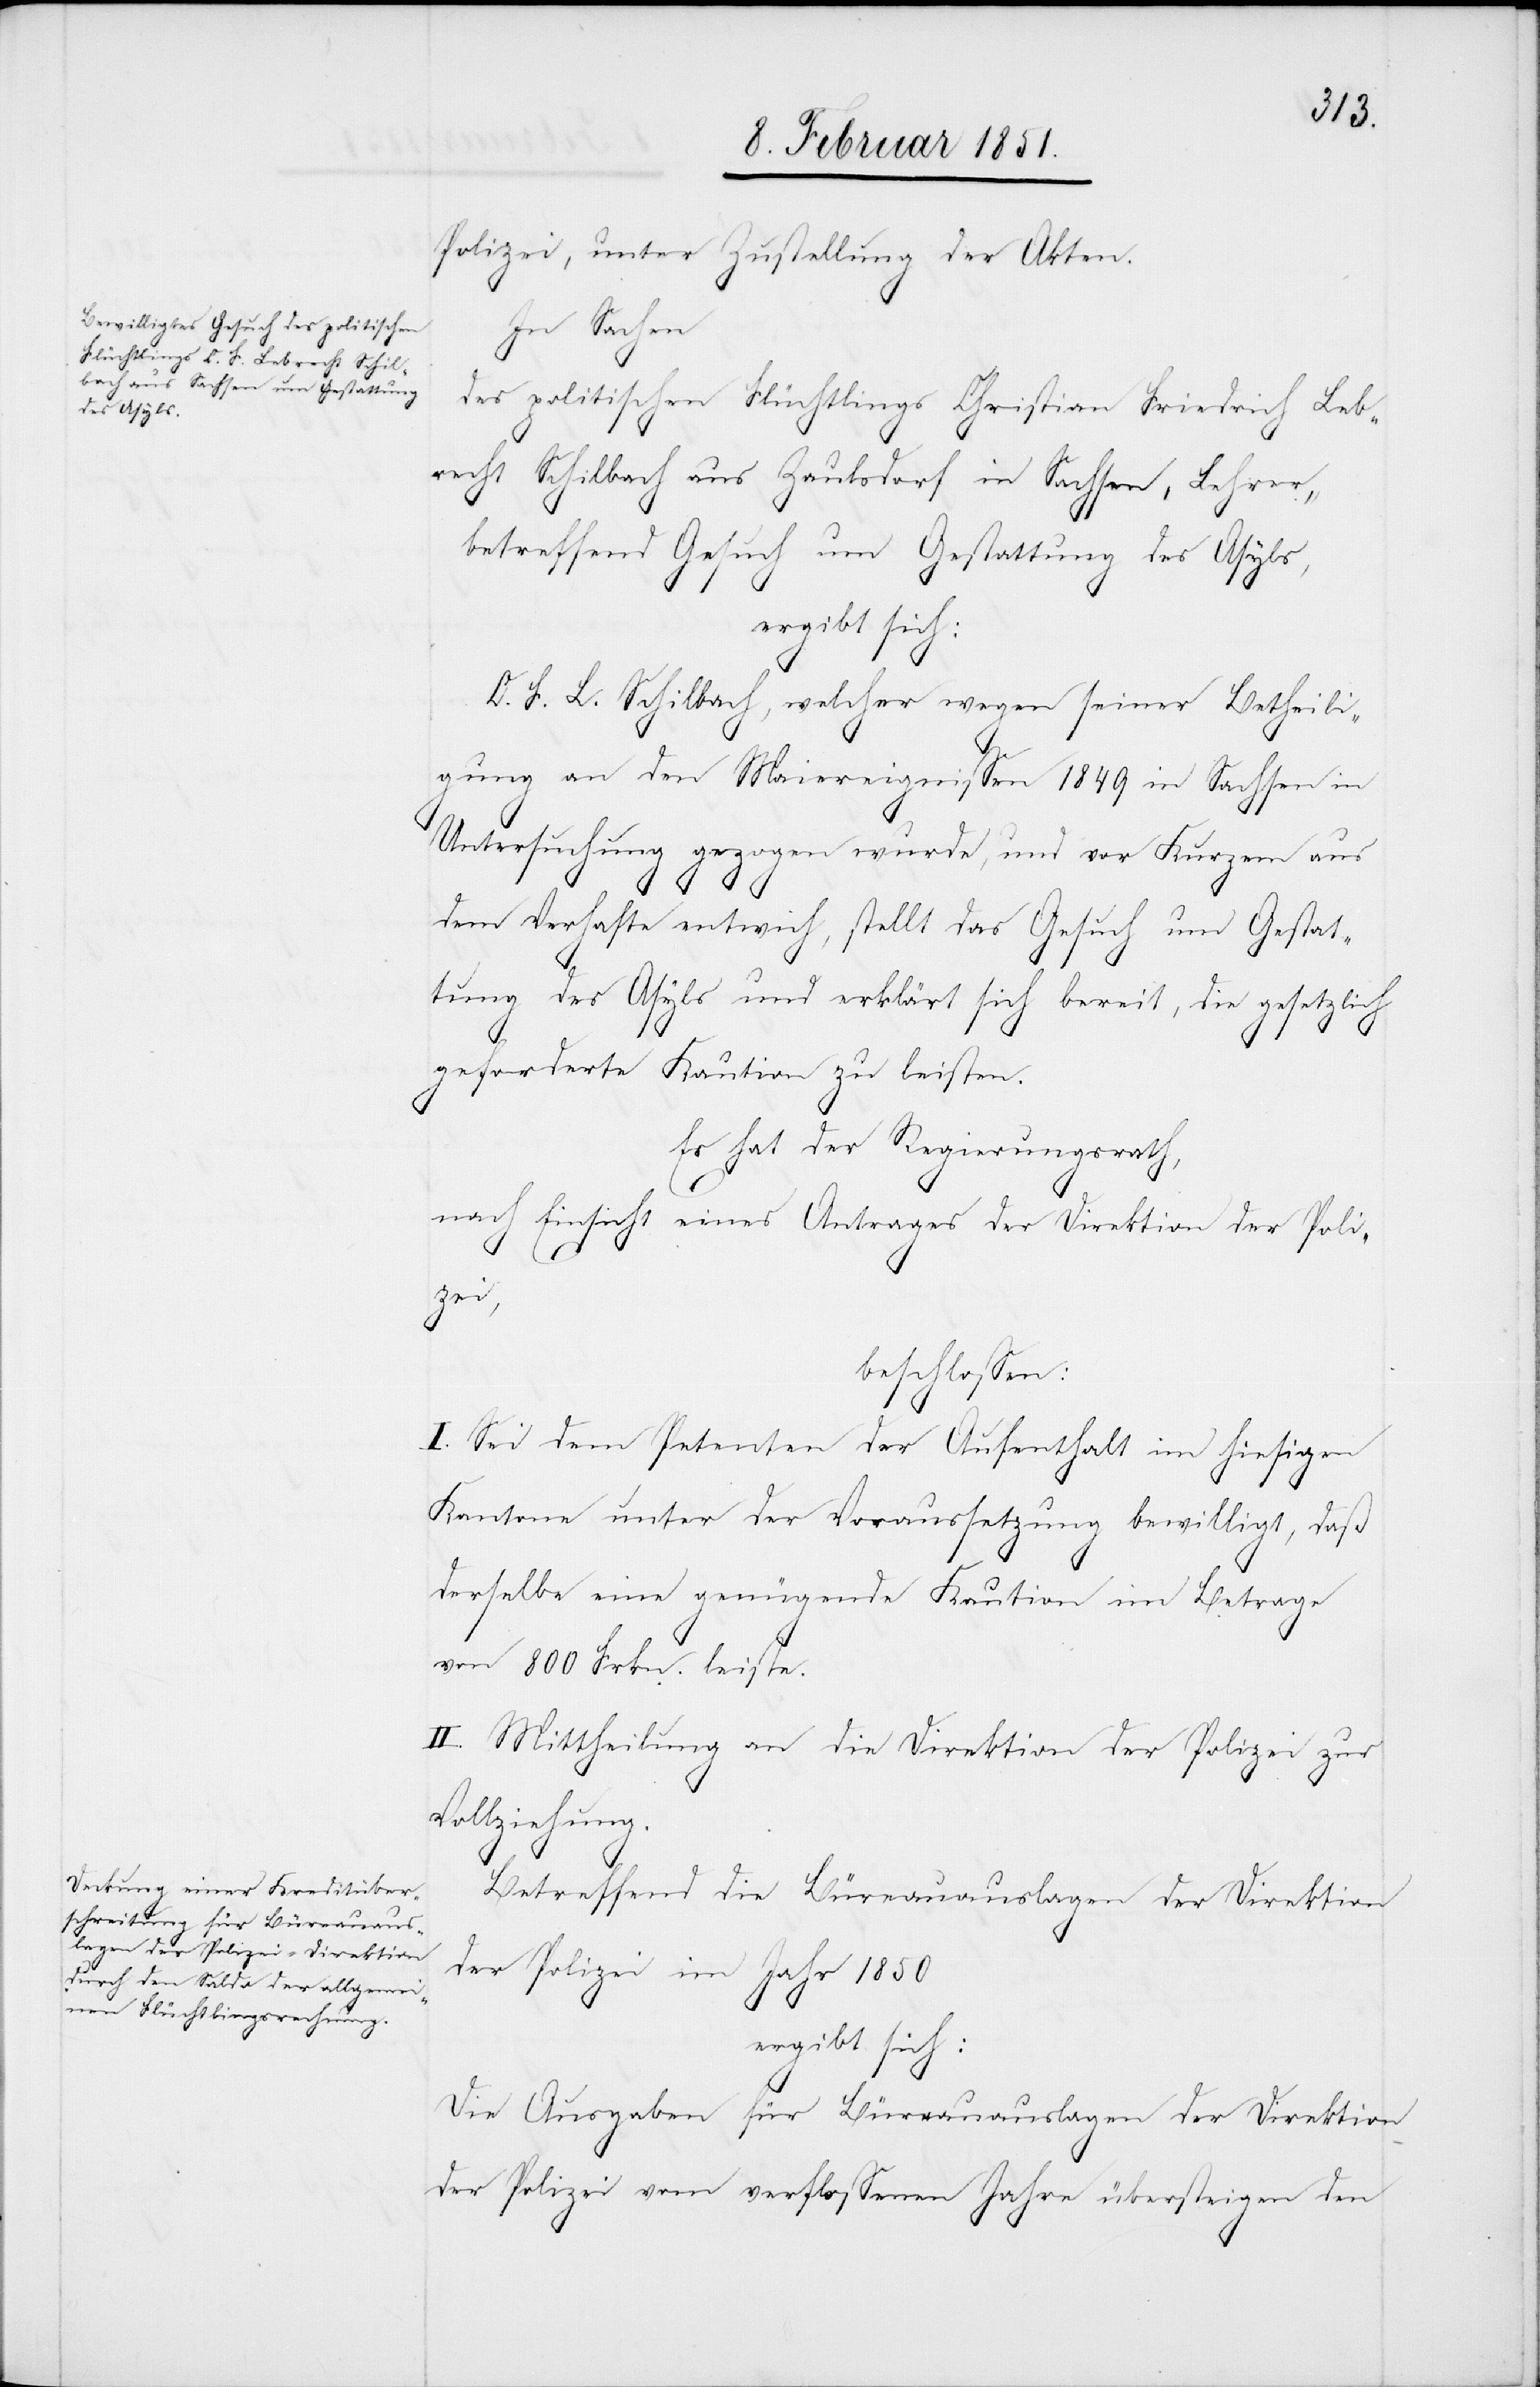
Polizei, unter Zustellung der Akten.
In
Sachen
des politischen Flüchtlings Christian Friedrich Leb¬
recht Schilbach aus Zaulsdorf in Sachsen, Lehrer,
betreffend Gesuch um Gestattung des Asyls,
ergibt sich:
C. F. L. Schilbach, welcher wegen seiner Betheili¬
gung an den Maiereignissen 1849 in Sachsen in
Untersuchung gezogen wurde, und vor Kurzem aus
dem Verhafte entwich, stellt das Gesuch um Gestat¬
tung des Asyls und erklärt sich bereit, die gesetzlich
geforderte Kaution zu leisten.
Es hat der Regierungsrath,
nach Einsicht eines Antrages der Direktion der Poli¬
zei,
beschlossen:
I. Sei dem Petenten der Aufenthalt im hiesigen
Kantone unter der Voraussetzung bewilligt, daß
derselbe eine genügende Kaution im Betrage
von 800 Frkn. leiste.
II. Mittheilung an die Direktion der Polizei zur
Vollziehung.
Betreffend die Büreauauslagen der Direktion
der Polizei im Jahr 1850
ergibt sich:
Die Ausgaben für Büreauauslagen der Direktion
der Polizei vom verflossenen Jahre übersteigen den